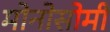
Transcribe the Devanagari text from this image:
मोनोसोमी